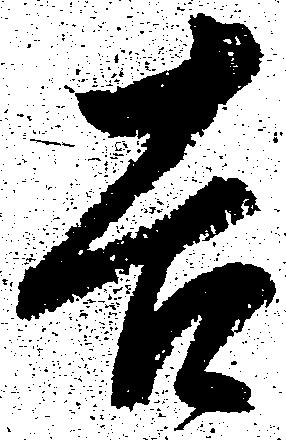
吉